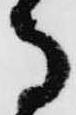
馬